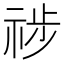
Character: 𥙺